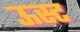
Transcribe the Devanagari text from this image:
ऊस्ट